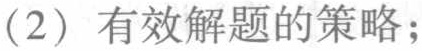
(2) 有效解题的策略；